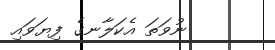
ނުވަތަ އެކަލާނގެ ފިޔަވައި